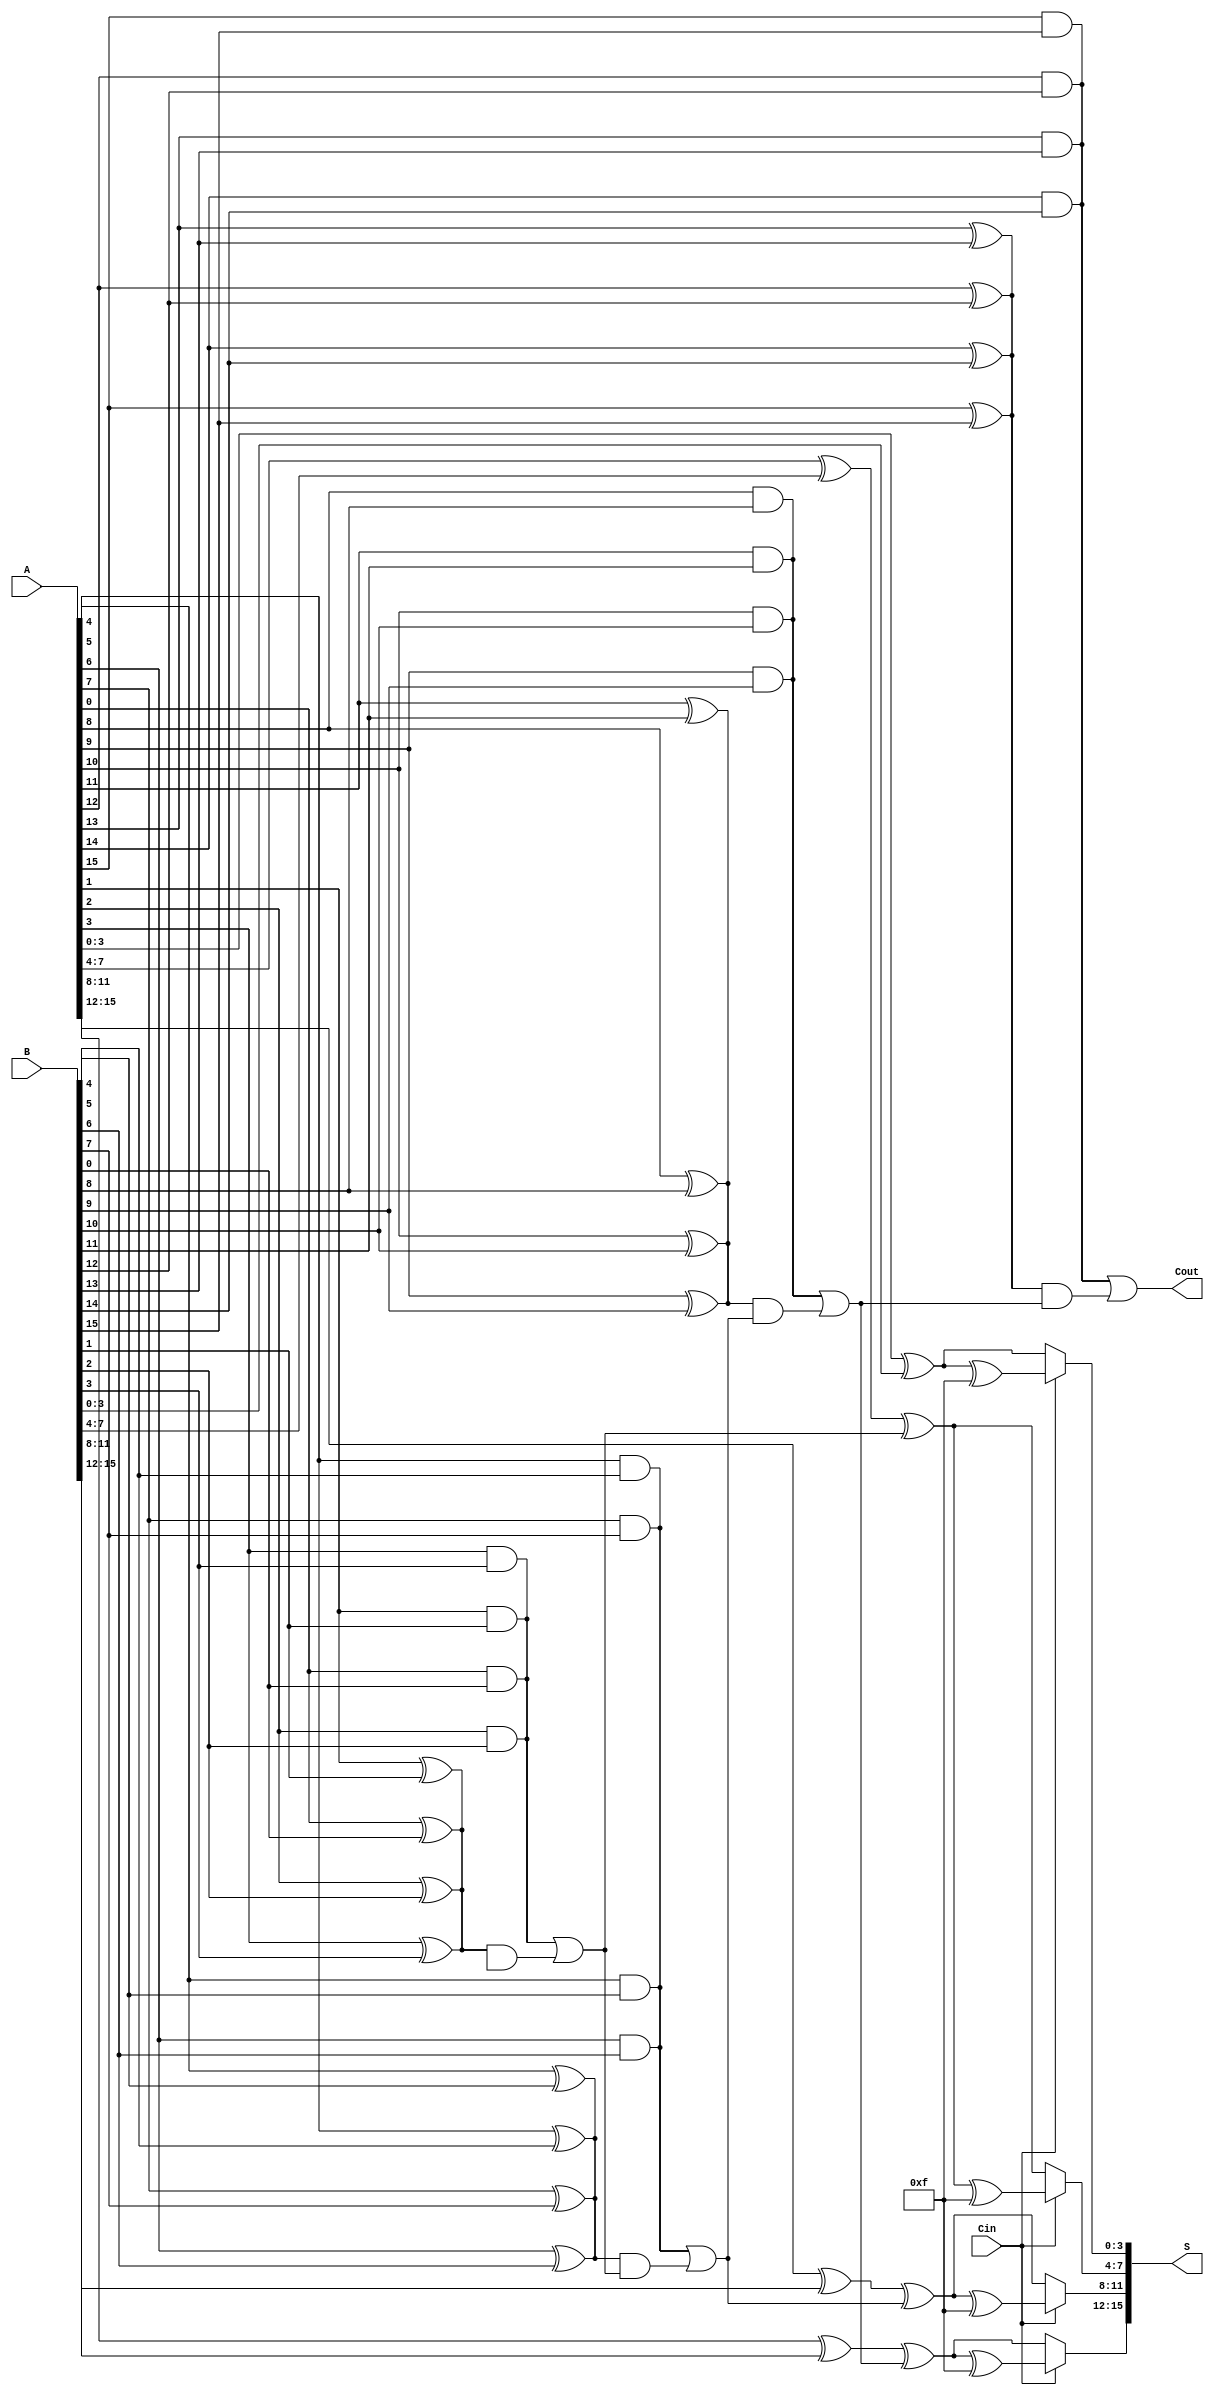
module CarrySelectAdder #(parameter N = 16, M = 4) (
    input  [N-1:0] A,
    input  [N-1:0] B,
    input  Cin,
    output [N-1:0] S,
    output Cout
);

    localparam NUM_SEGMENTS = N / M;

    wire [M-1:0] S0 [0:NUM_SEGMENTS-1];
    wire [M-1:0] S1 [0:NUM_SEGMENTS-1];
    wire [NUM_SEGMENTS:0] C;
    wire [NUM_SEGMENTS-1:0] P, G;

    // Generate Propagate and Generate signals
    genvar i, j;
    generate
        for (i = 0; i < NUM_SEGMENTS; i = i + 1) begin : segment
            for (j = 0; j < M; j = j + 1) begin : bit
                wire A_bit = A[i*M + j];
                wire B_bit = B[i*M + j];
                assign P[i] = A_bit ^ B_bit;
                assign G[i] = A_bit & B_bit;
            end

            // Carry Lookahead Logic
            assign C[i + 1] = G[i] | (P[i] & C[i]);
            
            // Compute sums for Cin = 0 and Cin = 1
            if (i == 0) begin
                assign S0[i] = A[i*M +: M] ^ B[i*M +: M]; // S0 for Cin = 0
                assign S1[i] = S0[i] ^ {M{1'b1}}; // S1 for Cin = 1
            end else begin
                assign S0[i] = A[i*M +: M] ^ B[i*M +: M] ^ C[i]; // S0 for Cin = 0
                assign S1[i] = S0[i] ^ {M{1'b1}}; // S1 for Cin = 1
            end
        end
    endgenerate

    // Final sum and carry out selection
    generate
        for (i = 0; i < NUM_SEGMENTS; i = i + 1) begin : final
            assign S[i*M +: M] = (Cin == 1'b0) ? S0[i] : S1[i];
        end
    endgenerate

    assign Cout = C[NUM_SEGMENTS];

endmodule